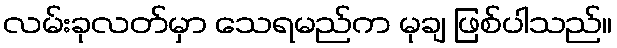
လမ်းခုလတ်မှာ သေရမည်က မုချ ဖြစ်ပါသည်။